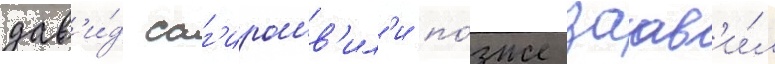
дав'и́д саг'ирашв'ил'и по́зже заав'и́л